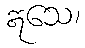
ဣသေ၊